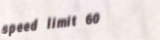
speed limit 60